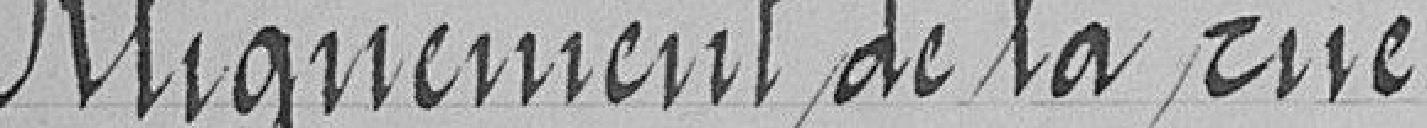
Alignement de la rue